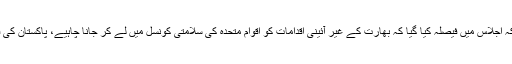
وزیر خارجہ شاہ محمود قریشی کا کہنا ہے کہ پارلیمنٹ کے مشترکہ اجلاس میں فیصلہ کیا گیا کہ بھارت کے غیر آئینی اقدامات کو اقوام متحدہ کی سلامتی کونسل میں لے کر جانا چاہیے، پاکستان کی قومی سلامتی کمیٹی نے ان سفارشات پر غور کیا اور اپنا فیصلہ دیا۔